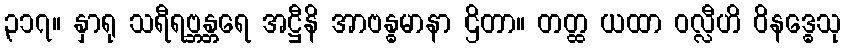
၃၁၇။ နှာရု သရီရဗ္ဘန္တရေ အဋ္ဌီနိ အာဗန္ဓမာနာ ဌိတာ။ တတ္ထ ယထာ ဝလ္လီဟိ ဝိနဒ္ဓေသု